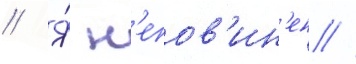
// Я́ н'епов'ин'ен //